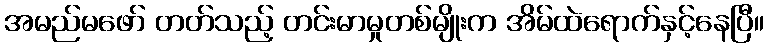
အမည်မဖော် တတ်သည့် တင်းမာမှုတစ်မျိုးက အိမ်ထဲရောက်နှင့်နေပြီ။